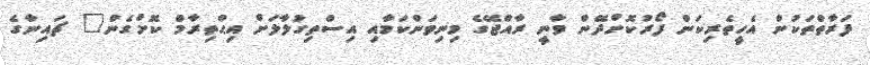
ފަރާތްތަކުން އެހީތެރިކަން ފޯރުކޮށްްދޭން ވާނީ ރާއްޖޭގެ މިނިވަންކަމާއި އިސްތިގުލާލަށް އިޙްތިރާމް ކޮށްގެން" ޗައިނާގެ